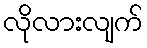
လိုလားလျက်